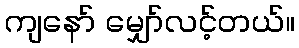
ကျနော် မျှော်လင့်တယ်။